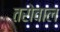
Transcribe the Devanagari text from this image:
तरोवाल